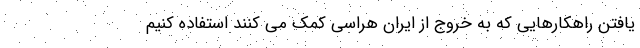
یافتن راهکارهایی که به خروج از ایران هراسی کمک می کنند استفاده کنیم